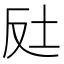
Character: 𡊃